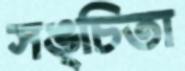
সঙ্চিতা